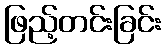
ဖြည့်တင်းခြင်း